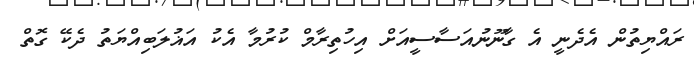
ރައްޔިތުން އެދެނީ އެ ގާނޫނުއަސާސީއަށް އިހުތިރާމް ކުރުމާ އެކު އަޣުލަބިއްޔަތު ދެކޭ ގޮތް